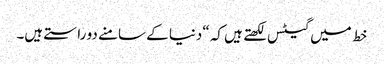
خط میں گیٹس لکھتے ہیں کہ “دنیا کے سامنے دو راستے ہیں۔